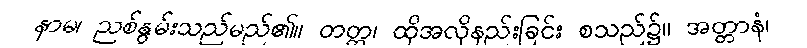
နာမ၊ ညစ်နွမ်းသည်မည်၏။ တတ္ထ၊ ထိုအလိုနည်းခြင်း စသည်၌။ အတ္တာနံ၊